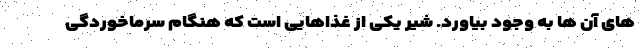
های آن ها به وجود بیاورد. شیر یکی از غذاهایی است که هنگام سرماخوردگی